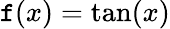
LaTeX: \mathtt{f}(x)=\tan(x)